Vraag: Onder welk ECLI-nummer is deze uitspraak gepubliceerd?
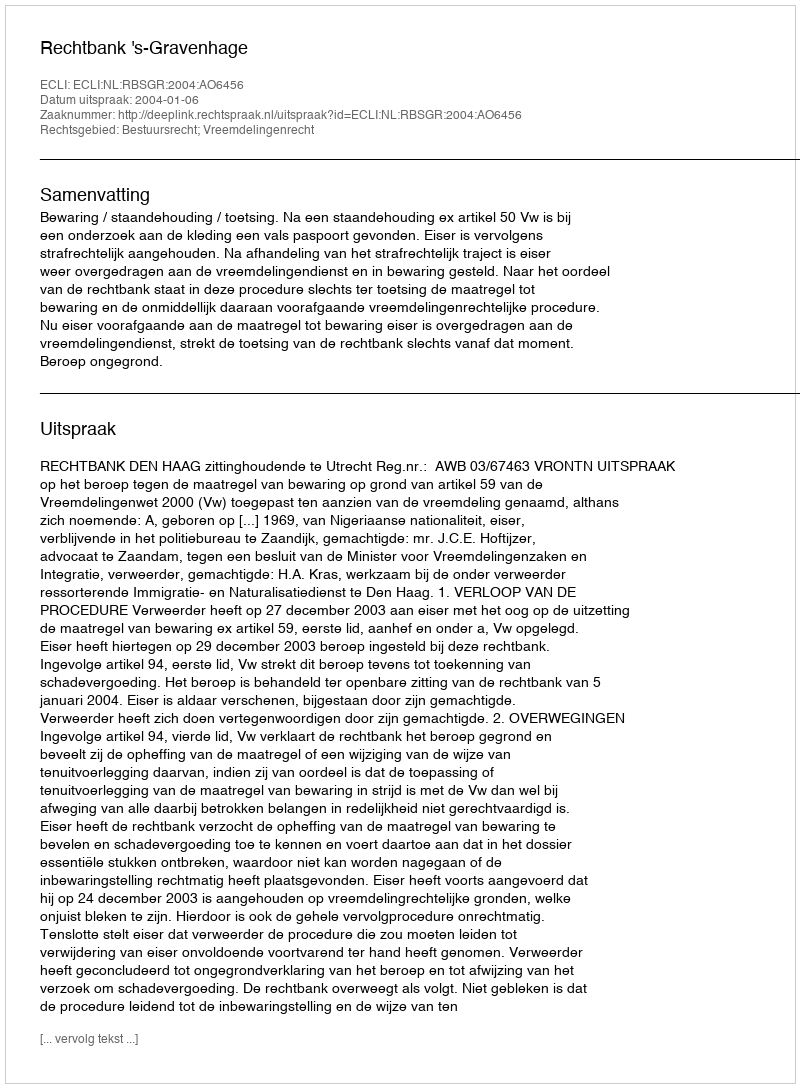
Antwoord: ECLI:NL:RBSGR:2004:AO6456